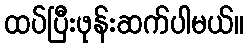
ထပ်ပြီးဖုန်းဆက်ပါမယ်။